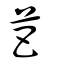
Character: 芭